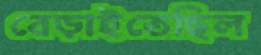
বেড়াইতেছিল